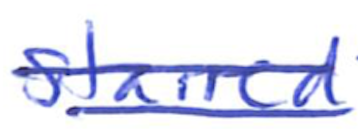
Text: starred
Cross-out: double-line
Writing tool: ballpoint